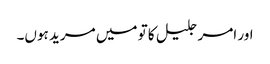
اور امر جلیل کا تو میں مرید ہوں۔